Leaving Certificate, 1901
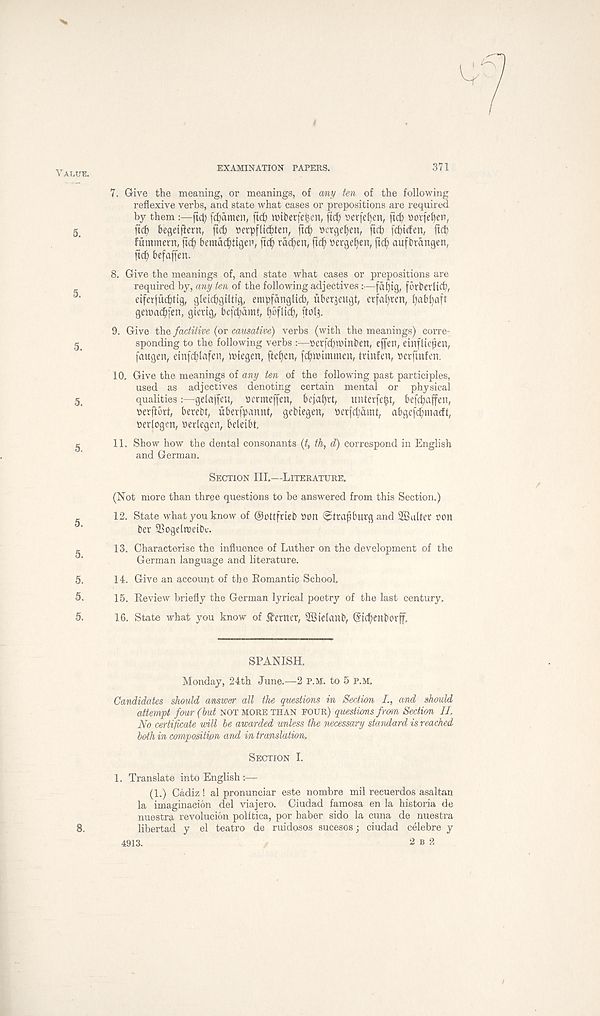
EXAMINATION PAPERS.
371
Value.
7. Give the meaning, or meanings, of any ten of the following
reflexive verbs, and state what cases or prepositions are required
by them fid; fdjdmen, fid) nribetfefcen, fid) ferfefyen, fid? porfefyen,
5_
fid) begeijtern, ftd> Derpflidden, dd> »crge^en, ftcb [d)iden ; jtd)
fummern, fi(^ bemd^itgep, rdd) 611 / ftc^ bergef)en, aufbrdngen,
ftd> befaffen.
8. Give the meanings of, and state what cases or prepositions are
required by, any ten of the following adjectives : ■ —fdl)tg, fbrberlid),
eiferjucbtig, gletcbgtUig, empfangltcb, uberjeugt, erfa^ren, l)abl)aft
gemac^fen, giertg, be[d)dmt, f)bfltd), [ t0 Ih
9. Give the factitive (or causative) verbs (with the meanings) corre-
5
spending to the following verbs :--»erfd)nunt>en, effen, einfliejjen,
faugen, einfd)l)ifen, iutegen, fte^cn, fd)i»immen, tvinfen, »erftnfen.
10. Give the meanings of any ten of the following past participles,
used as adjectives denoting certain mental or physical
5,
qualitiesgelajfen, permeffen, bejal)rt, unterfcijt, befd)affett,
perftort, berebt, uberfpannt, gebiegen, 9evfd)dint, abgefdmtarft,
perlogcn, berlegen, bdetbi
^
11. Show how the dental consonants (t, th, d) correspond in English
and German.
Section III,—Literature,
(Not more than three questions to be answered from this Section.)
12. State what you know of ©ottfrieb bon ^trapburg and 2Ba(ter eon
ber SSogeltnetbc.
f.
13. Characterise the influence of Luther on the development of the
German language and literature.
5.
14. Give an account of the Bomantie School,
5. 15. Review briefly the German lyrical poetry of the last century,
5.
16. State what you know of Pettier, SBielanb, ©icpenborff.
SPANISH,
Monday, 24th June,—2 p.M. to 5 p.M,
Candidates should answer all the questions in Section /., and should
attempt four (but not more than four) questions from Section II,
No certificate will be awarded unless the necessary standard is reached
both in composition and in translation.
Section I.
1. Translate into English
(1.) Cadiz! al pronunciar este nombre mil recuerdos asaltan
la imaginacion del viajero. Ciudad famosa en la historia de
nuestra revolucion polltica, por haber sido la cuna de nuestra
libertad y el teatro de ruidpsos sucesos; ciudad celebre y
4913.
2 B 2
8.